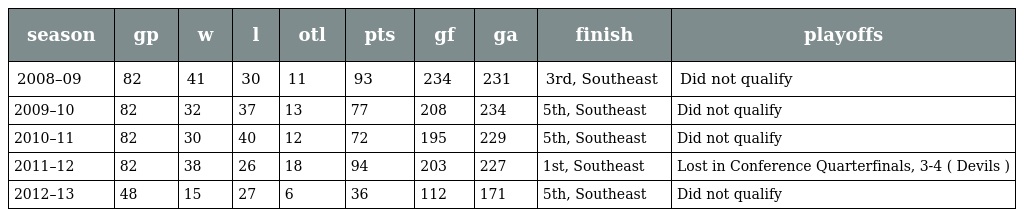
| season | gp | w | l | otl | pts | gf | ga | finish | playoffs |
 | --- | --- | --- | --- | --- | --- | --- | --- | --- | --- |
 | 2008–09 | 82 | 41 | 30 | 11 | 93 | 234 | 231 | 3rd, Southeast | Did not qualify |
 | 2009–10 | 82 | 32 | 37 | 13 | 77 | 208 | 234 | 5th, Southeast | Did not qualify |
 | 2010–11 | 82 | 30 | 40 | 12 | 72 | 195 | 229 | 5th, Southeast | Did not qualify |
 | 2011–12 | 82 | 38 | 26 | 18 | 94 | 203 | 227 | 1st, Southeast | Lost in Conference Quarterfinals, 3-4 ( Devils ) |
 | 2012–13 | 48 | 15 | 27 | 6 | 36 | 112 | 171 | 5th, Southeast | Did not qualify |